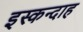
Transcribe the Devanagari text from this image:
इस्कन्दाह